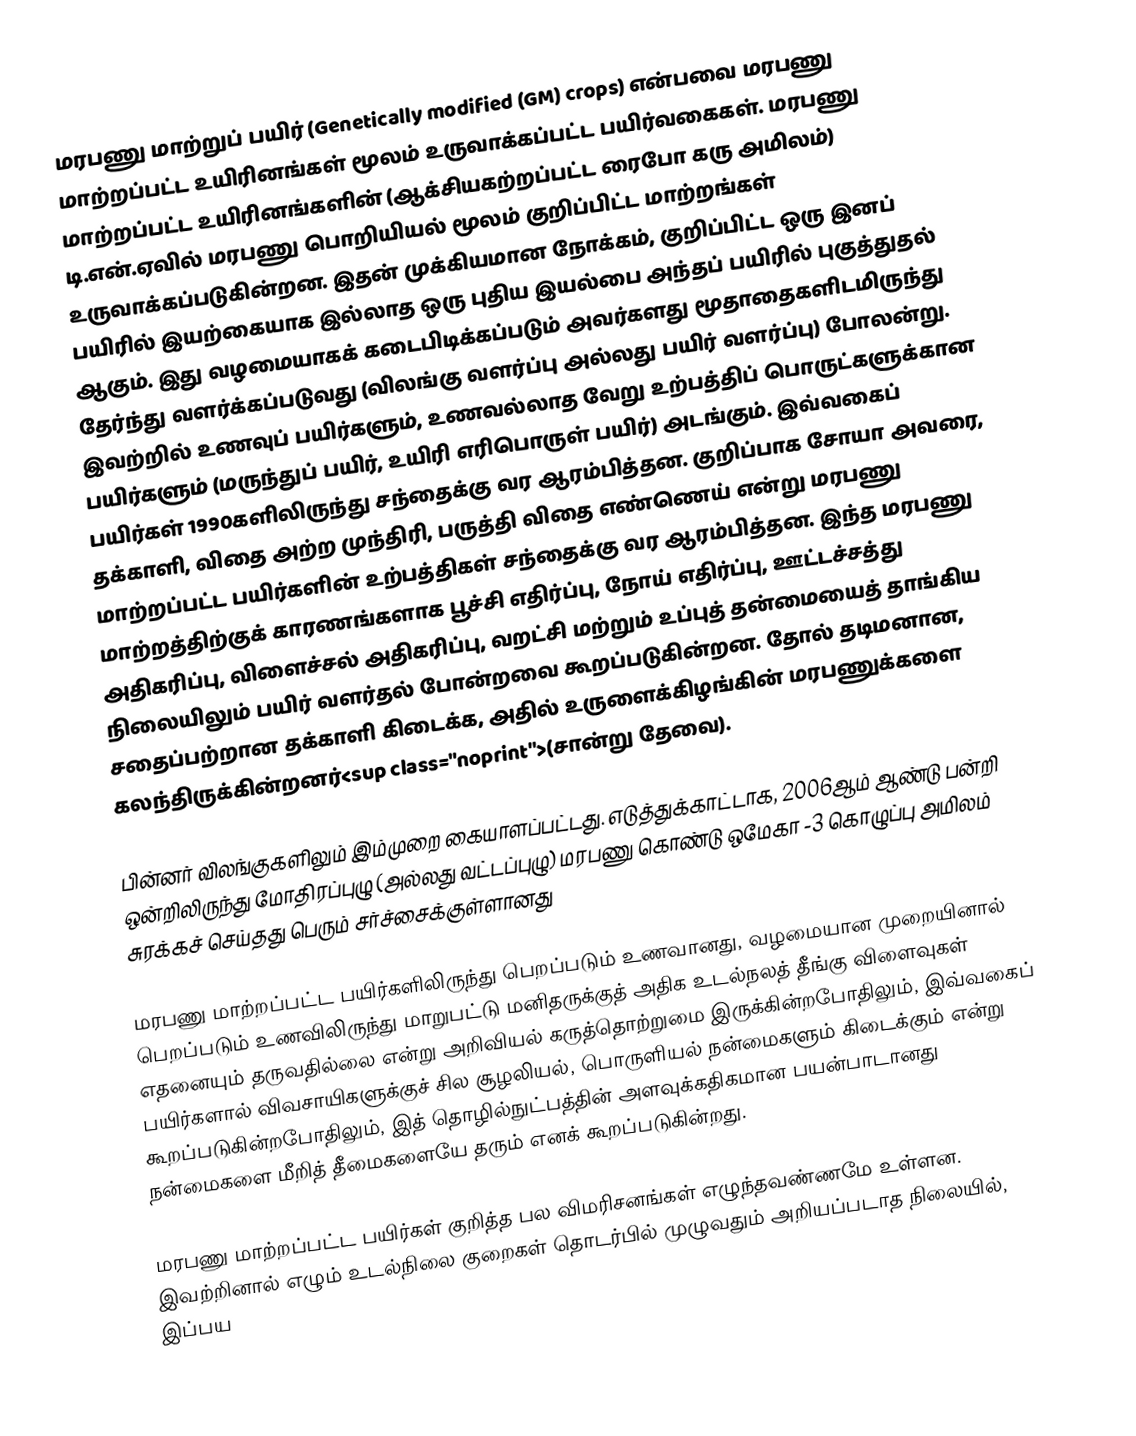
மரபணு மாற்றுப் பயிர் (Genetically modified (GM) crops) என்பவை மரபணு மாற்றப்பட்ட உயிரினங்கள் மூலம் உருவாக்கப்பட்ட பயிர்வகைகள். மரபணு மாற்றப்பட்ட உயிரினங்களின் (ஆக்சியகற்றப்பட்ட ரைபோ கரு அமிலம்) டி.என்.ஏவில் மரபணு பொறியியல் மூலம் குறிப்பிட்ட மாற்றங்கள் உருவாக்கப்படுகின்றன. இதன் முக்கியமான நோக்கம், குறிப்பிட்ட ஒரு இனப் பயிரில் இயற்கையாக இல்லாத ஒரு புதிய இயல்பை அந்தப் பயிரில் புகுத்துதல் ஆகும். இது வழமையாகக் கடைபிடிக்கப்படும் அவர்களது மூதாதைகளிடமிருந்து தேர்ந்து வளர்க்கப்படுவது (விலங்கு வளர்ப்பு அல்லது பயிர் வளர்ப்பு) போலன்று. இவற்றில் உணவுப் பயிர்களும், உணவல்லாத வேறு உற்பத்திப் பொருட்களுக்கான பயிர்களும் (மருந்துப் பயிர், உயிரி எரிபொருள் பயிர்) அடங்கும். இவ்வகைப் பயிர்கள் 1990களிலிருந்து சந்தைக்கு வர ஆரம்பித்தன. குறிப்பாக சோயா அவரை, தக்காளி, விதை அற்ற முந்திரி, பருத்தி விதை எண்ணெய் என்று மரபணு மாற்றப்பட்ட பயிர்களின் உற்பத்திகள் சந்தைக்கு வர ஆரம்பித்தன. இந்த மரபணு மாற்றத்திற்குக் காரணங்களாக பூச்சி எதிர்ப்பு, நோய் எதிர்ப்பு, ஊட்டச்சத்து அதிகரிப்பு, விளைச்சல் அதிகரிப்பு, வறட்சி மற்றும் உப்புத் தன்மையைத் தாங்கிய நிலையிலும் பயிர் வளர்தல் போன்றவை கூறப்படுகின்றன. தோல் தடிமனான, சதைப்பற்றான தக்காளி கிடைக்க, அதில் உருளைக்கிழங்கின் மரபணுக்களை கலந்திருக்கின்றனர்<sup class="noprint">(சான்று தேவை).

பின்னர் விலங்குகளிலும் இம்முறை கையாளப்பட்டது. எடுத்துக்காட்டாக, 2006ஆம் ஆண்டு பன்றி ஒன்றிலிருந்து மோதிரப்புழு (அல்லது வட்டப்புழு) மரபணு கொண்டு ஒமேகா -3 கொழுப்பு அமிலம் சுரக்கச் செய்தது பெரும் சர்ச்சைக்குள்ளானது

மரபணு மாற்றப்பட்ட பயிர்களிலிருந்து பெறப்படும் உணவானது, வழமையான முறையினால் பெறப்படும் உணவிலிருந்து மாறுபட்டு மனிதருக்குத் அதிக உடல்நலத் தீங்கு விளைவுகள் எதனையும் தருவதில்லை என்று அறிவியல் கருத்தொற்றுமை இருக்கின்றபோதிலும், இவ்வகைப் பயிர்களால் விவசாயிகளுக்குச் சில சூழலியல், பொருளியல் நன்மைகளும் கிடைக்கும் என்று கூறப்படுகின்றபோதிலும், இத் தொழில்நுட்பத்தின் அளவுக்கதிகமான பயன்பாடானது நன்மைகளை மீறித் தீமைகளையே தரும் எனக் கூறப்படுகின்றது.

மரபணு மாற்றப்பட்ட பயிர்கள் குறித்த பல விமரிசனங்கள் எழுந்தவண்ணமே உள்ளன. இவற்றினால் எழும் உடல்நிலை குறைகள் தொடர்பில் முழுவதும் அறியப்படாத நிலையில், இப்பய